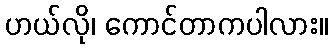
ဟယ်လို၊ ကောင်တာကပါလား။